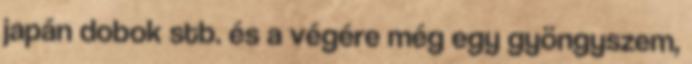
japán dobok stb. és a végére még egy gyöngyszem,